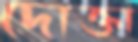
দোক্তা